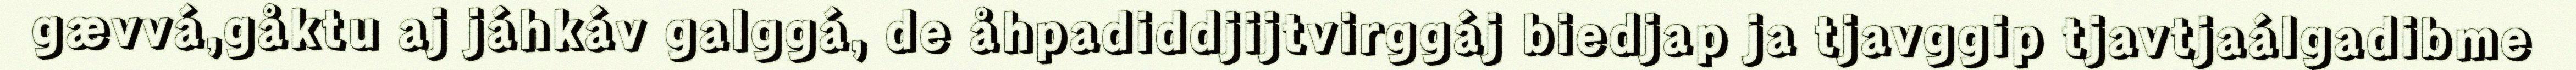
gævvá,gåktu aj jáhkáv galggá, de åhpadiddjijtvirggáj biedjap ja tjavggip tjavtjaálgadibme